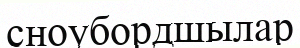
сноубордшылар